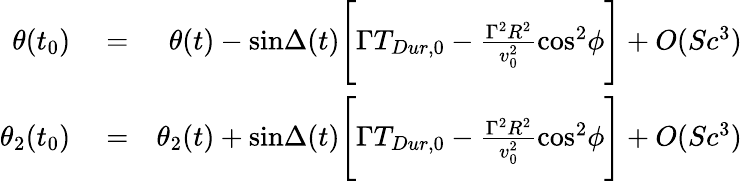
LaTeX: \begin{array}{rlr}{\theta(t_{0})}&{{}=}&{\theta(t)-\mathrm{sin}\Delta(t)\Bigg[\Gamma T_{Dur,0}-{\frac{\Gamma^{2}R^{2}}{v_{0}^{2}}}\mathrm{cos}^{2}\phi\Bigg]+O(Sc^{3})}\\ {\theta_{2}(t_{0})}&{{}=}&{\theta_{2}(t)+\mathrm{sin}\Delta(t)\Bigg[\Gamma T_{Dur,0}-{\frac{\Gamma^{2}R^{2}}{v_{0}^{2}}}\mathrm{cos}^{2}\phi\Bigg]+O(Sc^{3})}\end{array}